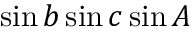
\sin b \sin c \sin A